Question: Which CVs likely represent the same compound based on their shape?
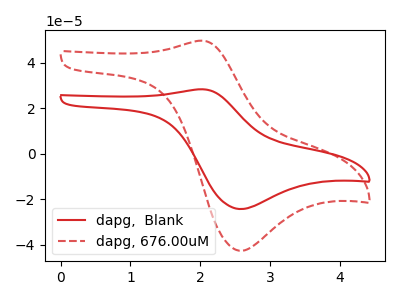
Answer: <think>The red curve "dapg,  Blank" has an anodic peak at (2.05V, 28.30uA) and a cathodic peak at (2.55V, -24.30uA). The red dashed curve "dapg, 676.00uM" has an anodic peak at (2.05V, 49.60uA) and a cathodic peak at (2.55V, -42.60uA).
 All the peaks in "dapg,  Blank" have a peak in "dapg, 676.00uM" at the same potential. Every peak in "dapg,  Blank" is lower than every peak in "dapg, 676.00uM".</think>
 <answer>"dapg, 676.00uM" and "dapg,  Blank" have the same shape and are likely CV's of the same chemical.</answer>
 <eval>"dapg, 676.00uM" "dapg,  Blank"</eval>